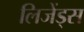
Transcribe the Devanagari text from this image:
लिजेंड्स